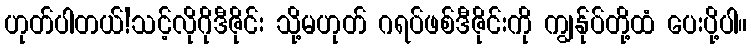
ဟုတ်ပါတယ်!သင့်လိုဂိုဒီဇိုင်း သို့မဟုတ် ဂရပ်ဖစ်ဒီဇိုင်းကို ကျွန်ုပ်တို့ထံ ပေးပို့ပါ။